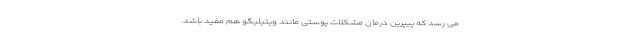
می رسد که پیپرین درمان مشکلات پوستی مانند ویتیلیگو هم مفید باشد.